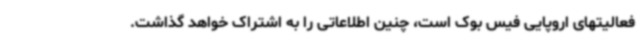
فعالیتهای اروپایی فیس بوک است، چنین اطلاعاتی را به اشتراک خواهد گذاشت.